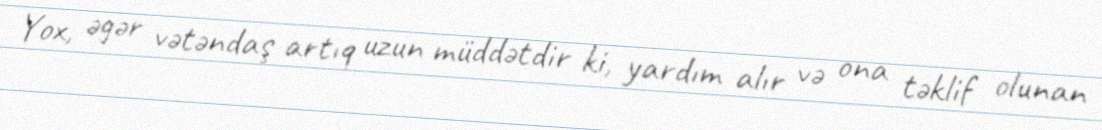
Yox, əgər vətəndaş artıq uzun müddətdir ki, yardım alır və ona təklif olunan